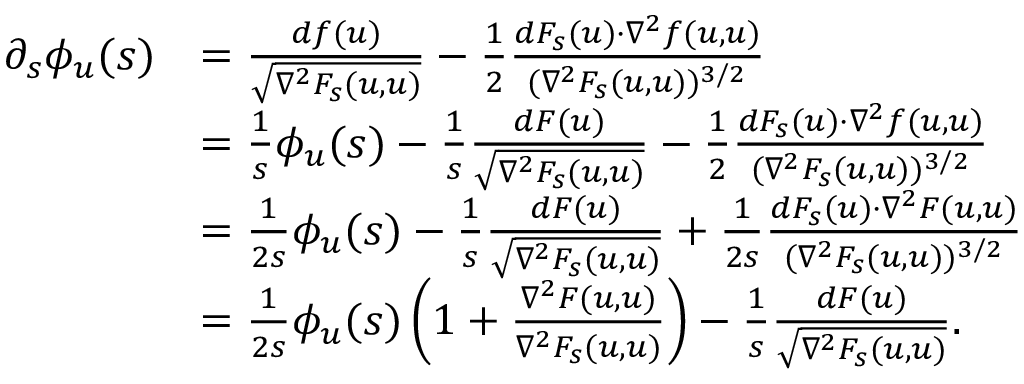
\begin{array} { r l } { \partial _ { s } \phi _ { u } ( s ) } & { = \frac { d f ( u ) } { \sqrt { \nabla ^ { 2 } F _ { s } ( u , u ) } } - \frac { 1 } { 2 } \frac { d F _ { s } ( u ) \cdot \nabla ^ { 2 } f ( u , u ) } { ( \nabla ^ { 2 } F _ { s } ( u , u ) ) ^ { 3 / 2 } } } \\ & { = \frac { 1 } { s } \phi _ { u } ( s ) - \frac { 1 } { s } \frac { d F ( u ) } { \sqrt { \nabla ^ { 2 } F _ { s } ( u , u ) } } - \frac { 1 } { 2 } \frac { d F _ { s } ( u ) \cdot \nabla ^ { 2 } f ( u , u ) } { ( \nabla ^ { 2 } F _ { s } ( u , u ) ) ^ { 3 / 2 } } } \\ & { = \frac { 1 } { 2 s } \phi _ { u } ( s ) - \frac { 1 } { s } \frac { d F ( u ) } { \sqrt { \nabla ^ { 2 } F _ { s } ( u , u ) } } + \frac { 1 } { 2 s } \frac { d F _ { s } ( u ) \cdot \nabla ^ { 2 } F ( u , u ) } { ( \nabla ^ { 2 } F _ { s } ( u , u ) ) ^ { 3 / 2 } } } \\ & { = \frac { 1 } { 2 s } \phi _ { u } ( s ) \left( 1 + \frac { \nabla ^ { 2 } F ( u , u ) } { \nabla ^ { 2 } F _ { s } ( u , u ) } \right) - \frac { 1 } { s } \frac { d F ( u ) } { \sqrt { \nabla ^ { 2 } F _ { s } ( u , u ) } } . } \end{array}